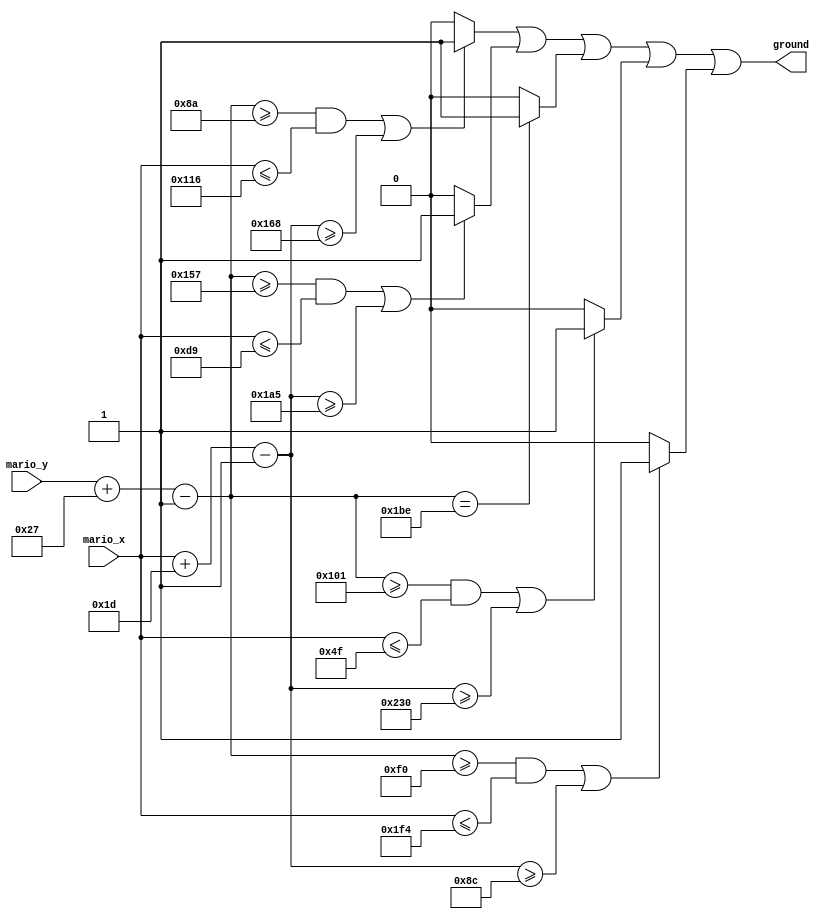
module bar_ground(
    output      ground ,
    input [9:0] mario_x,
    input [9:0] mario_y
);

// ?? ?? ??
parameter MAX_X = 640; 
parameter MAX_Y = 480;

//BOTTOM ?  ??
parameter BOTTOM_X_L = 0; 
parameter BOTTOM_X_R = 639;   //Y_SIZE = 480-446
parameter BOTTOM_Y_T = 446;
parameter BOTTOM_Y_B = 479;
 
// TOP_WALL 2 ??
parameter TOP_WALL0_X_L = 0;
parameter TOP_WALL0_X_R = 279;  // Y_SIZE = 154-138

parameter TOP_WALL1_X_L = 360;
parameter TOP_WALL1_X_R = 480;

parameter TOP_WALL_Y_T = 138;

// MIDDLE_WALL 3 ??
parameter MIDDLE_WALL0_X_L = 140;
parameter MIDDLE_WALL0_X_R = 500; // Y_SIZE = 256-240
parameter MIDDLE_WALL0_Y_T = 240;


parameter MIDDLE_WALL1_X_L = 0;
parameter MIDDLE_WALL1_X_R = 79; // Y_SIZE = 273-257 

parameter MIDDLE_WALL2_X_L = 560;
parameter MIDDLE_WALL2_X_R = 640;

parameter MIDDLE_WALL_Y_T  = 257;

// BOTTOM_WALL 2 ??
parameter BOTTOM_WALL0_X_L = 0;
parameter BOTTOM_WALL0_X_R = 218; //Y_SIZE = 359-343

parameter BOTTOM_WALL1_X_L = 421;
parameter BOTTOM_WALL1_X_R = 640;

parameter BOTTOM_WALL_Y_T  = 343;

parameter MARIO_WIDTH = 29, MARIO_HEIGHT = 39;

wire ground_T, ground_B, ground_BB, ground_M1, ground_M0;

// wall bottom
wire [9:0] w_bottom_y_t,w_bottom_y_b,w_bottom0_x_l,w_bottom0_x_r,w_bottom1_x_l,w_bottom1_x_r;
assign w_bottom_y_t  = BOTTOM_WALL_Y_T;
assign w_bottom_y_b  = BOTTOM_WALL_Y_T + 16-1;
assign w_bottom0_x_l = BOTTOM_WALL0_X_L;
assign w_bottom0_x_r = BOTTOM_WALL0_X_R -1;
assign w_bottom1_x_l = BOTTOM_WALL1_X_L;
assign w_bottom1_x_r = BOTTOM_WALL1_X_R -1;

// wall middle
wire [9:0] w_middle0_y_t,w_middle0_y_b,w_middle0_x_l,w_middle0_x_r,
     w_middle_y_t,w_middle_y_b,w_middle1_x_l,w_middle1_x_r,w_middle2_x_l,w_middle2_x_r;
assign w_middle0_y_t = MIDDLE_WALL0_Y_T;
assign w_middle0_y_b = MIDDLE_WALL0_Y_T +16-1;
assign w_middle0_x_l = MIDDLE_WALL0_X_L;
assign w_middle0_x_r = MIDDLE_WALL0_X_R;

assign w_middle_y_t  = MIDDLE_WALL_Y_T;
assign w_middle_y_b  = MIDDLE_WALL_Y_T +16-1;
assign w_middle1_x_l = MIDDLE_WALL1_X_L;
assign w_middle1_x_r = MIDDLE_WALL1_X_R;
assign w_middle2_x_l = MIDDLE_WALL2_X_L;
assign w_middle2_x_r = MIDDLE_WALL2_X_R;

// wall top
wire [9:0] w_top_y_t,w_top_y_b,w_top0_x_l,w_top0_x_r,w_top1_x_l,w_top1_x_r;
assign w_top_y_t  = TOP_WALL_Y_T;
assign w_top_y_b  = TOP_WALL_Y_T+ 16-1;
assign w_top0_x_l = TOP_WALL0_X_L;
assign w_top0_x_r = TOP_WALL0_X_R -1;
assign w_top1_x_l = TOP_WALL1_X_L;
assign w_top1_x_r = TOP_WALL1_X_R -1;

wire [9:0] mario_x_l, mario_x_r, mario_y_t, mario_y_b;

//?
assign mario_x_l = mario_x; //? left
assign mario_x_r = mario_x + MARIO_WIDTH - 1; //? right
assign mario_y_t = mario_y; //? top
assign mario_y_b = mario_y + MARIO_HEIGHT - 1; //? bottom


assign ground_BB = (mario_y_b == BOTTOM_Y_T)? 1:0;
assign ground_B  = ((mario_y_b >= w_bottom_y_t) && (mario_x_l <= w_bottom0_x_r) || (mario_x_r >= w_bottom1_x_l))? 1:0;
assign ground_M0 = ((mario_y_b >= w_middle0_y_t) && (mario_x_l <= w_middle0_x_r) || (mario_x_r >= w_middle0_x_l))? 1:0;
assign ground_M1 = ((mario_y_b >= w_middle_y_t) && (mario_x_l <= w_middle1_x_r) || (mario_x_r >= w_middle2_x_l))? 1:0;
assign ground_T  = ((mario_y_b >= w_top_y_t) && (mario_x_l <= w_top0_x_r) || (mario_x_r >= w_top1_x_l))? 1:0;


assign ground = ground_T || ground_B || ground_BB || ground_M1 || ground_M0;

endmodule